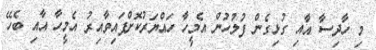
މި ހާދިސާ އާއި ގުޅިގެން ފުލުހުން އެމީހާ ހައްޔަރުކޮށްފައިވާއިރު އެމީހާ އާއި ބެހޭ